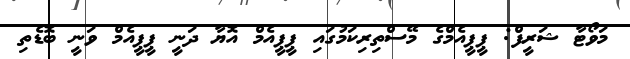
މަވޯޓާ ޝަރީފް: ޕީޕީއެމްގެ މޭސްތިރިކަމުގައި ޕީޕީއެމް އޮޔާ ދަނީ ޕީޕީއެމް ވަނީ ބޮޑެތި